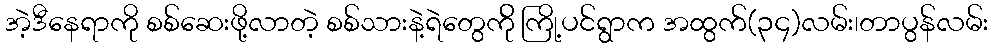
အဲ့ဒီနေရာကို စစ်ဆေးဖို့လာတဲ့ စစ်သားနဲ့ရဲတွေက်ို ကြို့ပင်ရွာက အထွက်(၃၄)လမ်း၊တာပွန်လမ်း